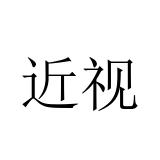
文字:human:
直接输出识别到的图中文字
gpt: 近视